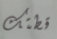
قطتك